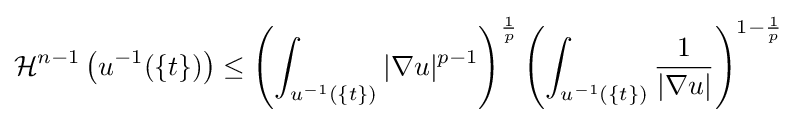
{\mathcal {H}}^{n-1}\left(u^{-1}(\{t\})\right)\leq \left(\int _{u^{-1}(\{t\})}|\nabla u|^{p-1}\right)^{\frac {1}{p}}\left(\int _{u^{-1}(\{t\})}{\frac {1}{|\nabla u|}}\right)^{1-{\frac {1}{p}}}